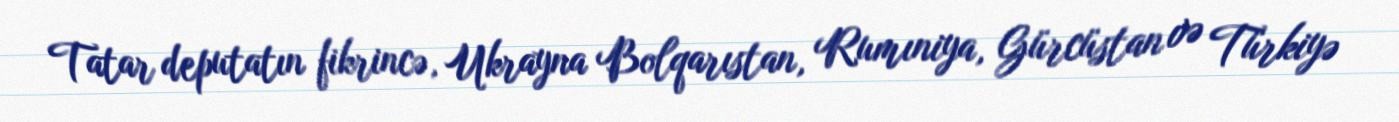
Tatar deputatın fikrincə, Ukrayna Bolqarıstan, Rumıniya, Gürcüstan və Türkiyə